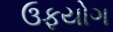
ઉફયોગ